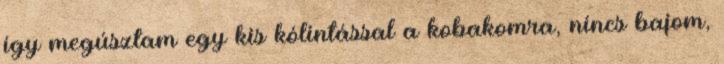
így megúsztam egy kis kólintással a kobakomra, nincs bajom,